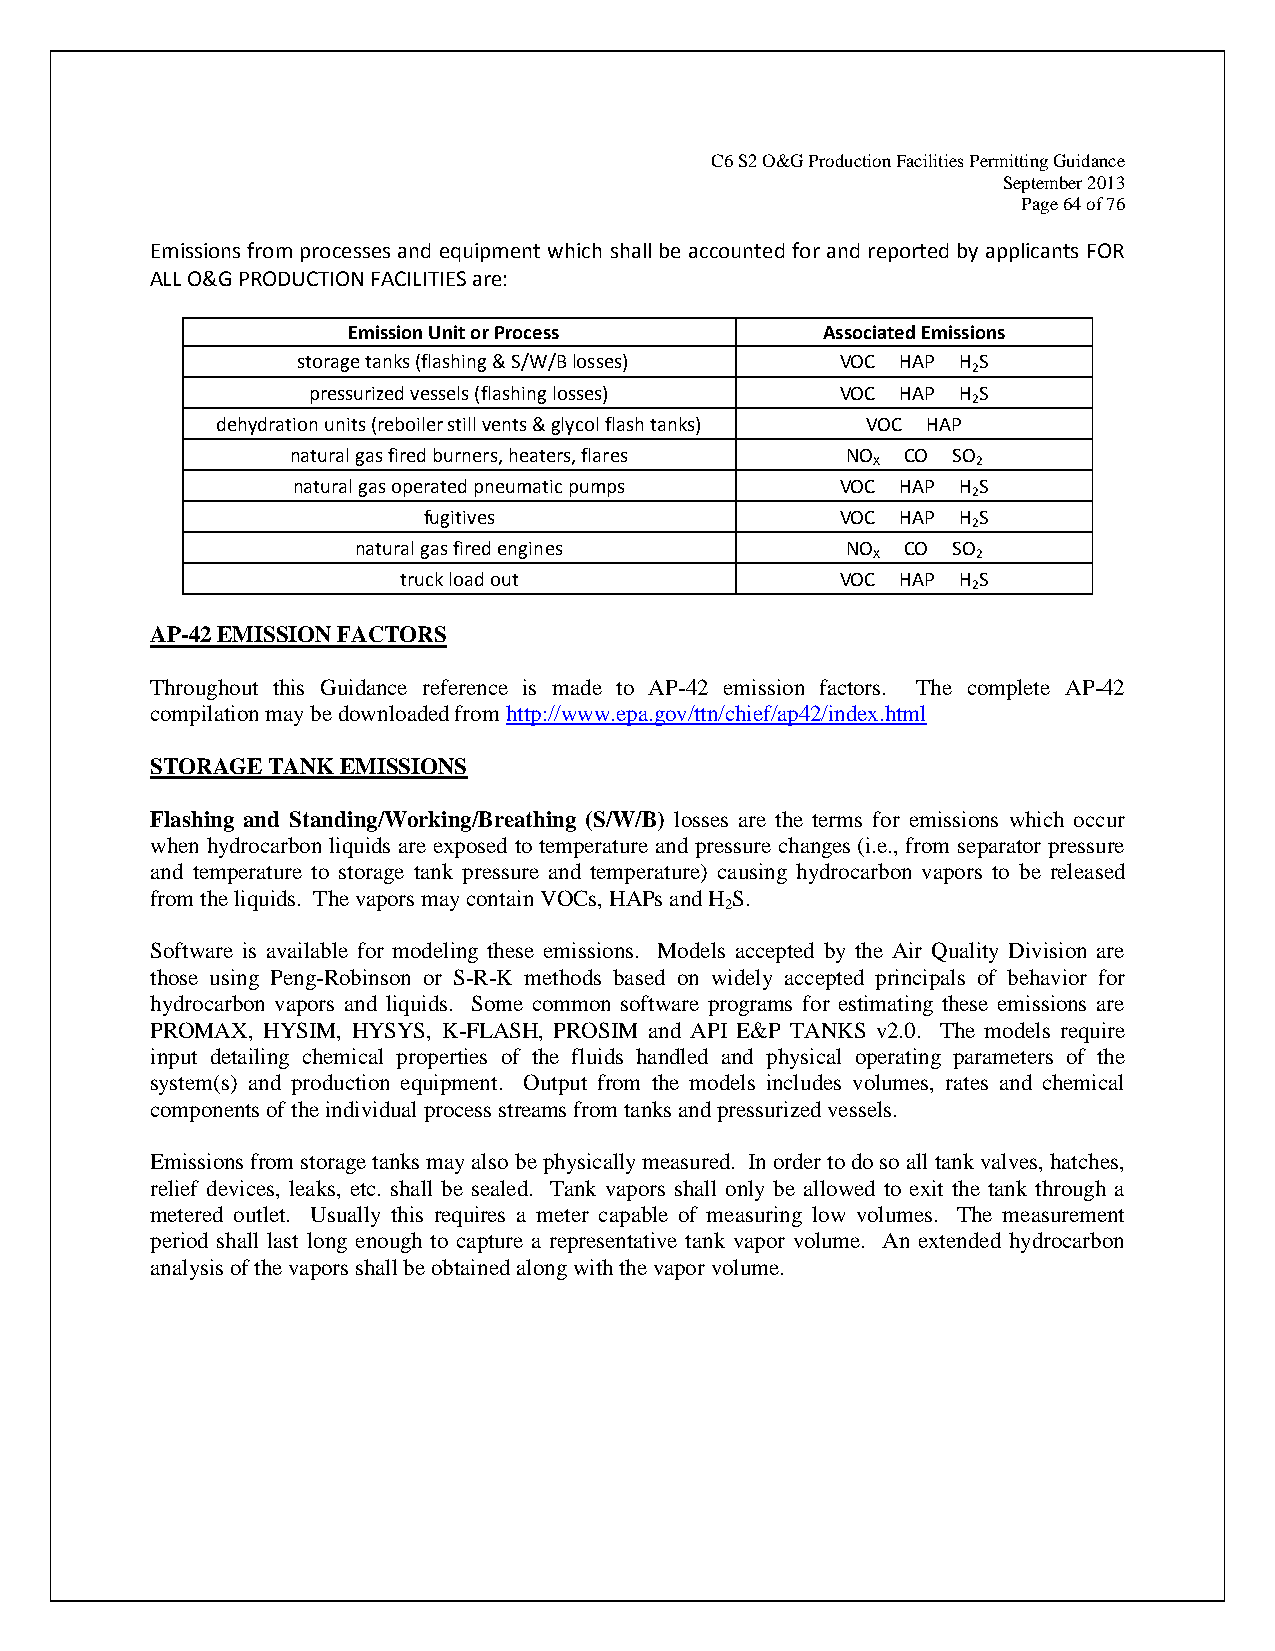
C6 S2 O&G Production Facilities Permitting Guidance
 September 2013
 Page 64 of 76
 Emissions from processes and equipment which shall be accounted for and reported by applicants FOR
 ALL O&G PRODUCTION FACILITIES are:
 Emission Unit or Process       Associated Emissions
 storage tanks (flashing & S/W/B losses) VOC HAP H S
 2
 pressurized vessels (flashing losses) VOC HAP H S
 2
 dehydration units (reboiler still vents & glycol flash tanks) VOC HAP
 natural gas fired burners, heaters, flares NO CO SO
 X      2
 natural gas operated pneumatic pumps VOC HAP H S
 2
 fugitives                   VOC HAP H S
 2
 natural gas fired engines       NO  CO SO
 X      2
 truck load out                VOC HAP H S
 2
 AP-42 EMISSION FACTORS
 Throughout this Guidance reference is made to AP-42 emission factors. The complete AP-42
 compilation may be downloaded from http://www.epa.gov/ttn/chief/ap42/index.html
 STORAGE TANK EMISSIONS
 Flashing and Standing/Working/Breathing (S/W/B) losses are the terms for emissions which occur
 when hydrocarbon liquids are exposed to temperature and pressure changes (i.e., from separator pressure
 and temperature to storage tank pressure and temperature) causing hydrocarbon vapors to be released
 from the liquids. The vapors may contain VOCs, HAPs and H S.
 2
 Software is available for modeling these emissions. Models accepted by the Air Quality Division are
 those using Peng-Robinson or S-R-K methods based on widely accepted principals of behavior for
 hydrocarbon vapors and liquids. Some common software programs for estimating these emissions are
 PROMAX, HYSIM, HYSYS, K-FLASH, PROSIM and API E&P TANKS v2.0. The models require
 input detailing chemical properties of the fluids handled and physical operating parameters of the
 system(s) and production equipment. Output from the models includes volumes, rates and chemical
 components of the individual process streams from tanks and pressurized vessels.
 Emissions from storage tanks may also be physically measured. In order to do so all tank valves, hatches,
 relief devices, leaks, etc. shall be sealed. Tank vapors shall only be allowed to exit the tank through a
 metered outlet. Usually this requires a meter capable of measuring low volumes. The measurement
 period shall last long enough to capture a representative tank vapor volume. An extended hydrocarbon
 analysis of the vapors shall be obtained along with the vapor volume.